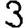
Digit: 3